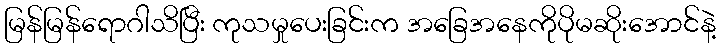
မြန်မြန်ရောဂါသိပြီး ကုသမှုပေးခြင်းက အခြေအနေကိုပိုမဆိုးအောင်နဲ့